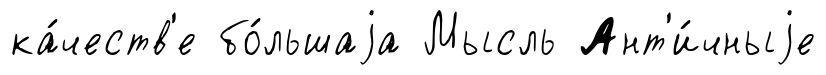
ка́честв'е бо́льшаjа Мысль Ант'и́чныjе